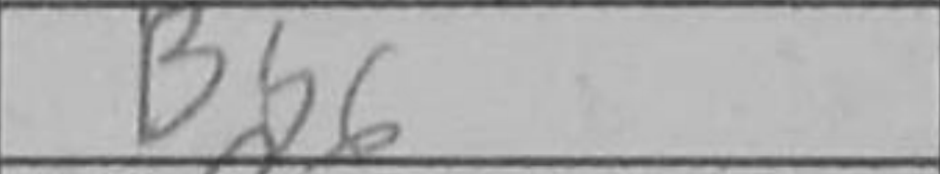
Transcription: Bb6